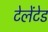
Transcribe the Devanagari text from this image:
टेलेंटेड